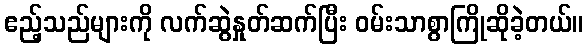
ဧည့်သည်များကို လက်ဆွဲနှုတ်ဆက်ပြီး ဝမ်းသာစွာကြိုဆိုခဲ့တယ်။